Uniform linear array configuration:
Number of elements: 12
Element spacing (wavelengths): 1
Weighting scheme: hann
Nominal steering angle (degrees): -45
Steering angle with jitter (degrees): -45.932
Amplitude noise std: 0.05
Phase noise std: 0.05

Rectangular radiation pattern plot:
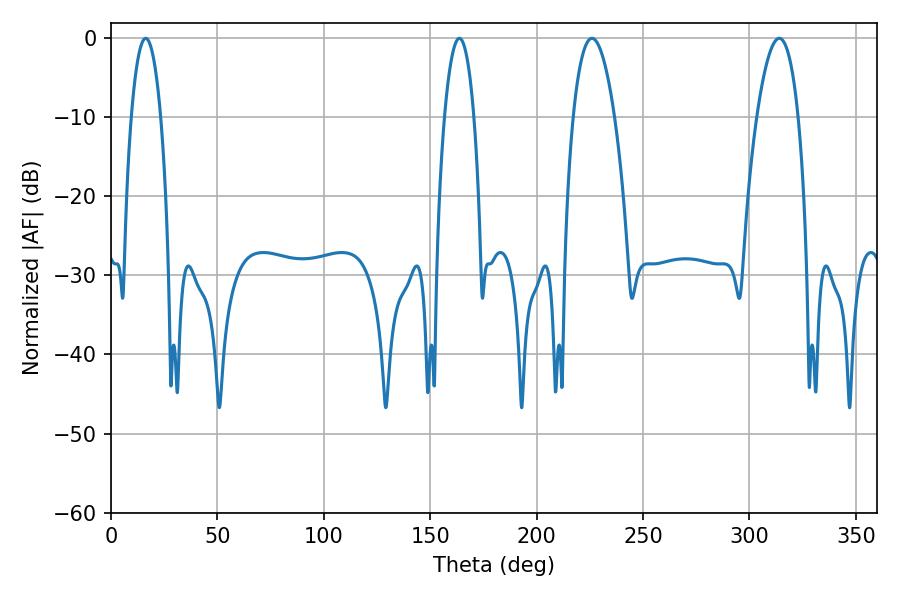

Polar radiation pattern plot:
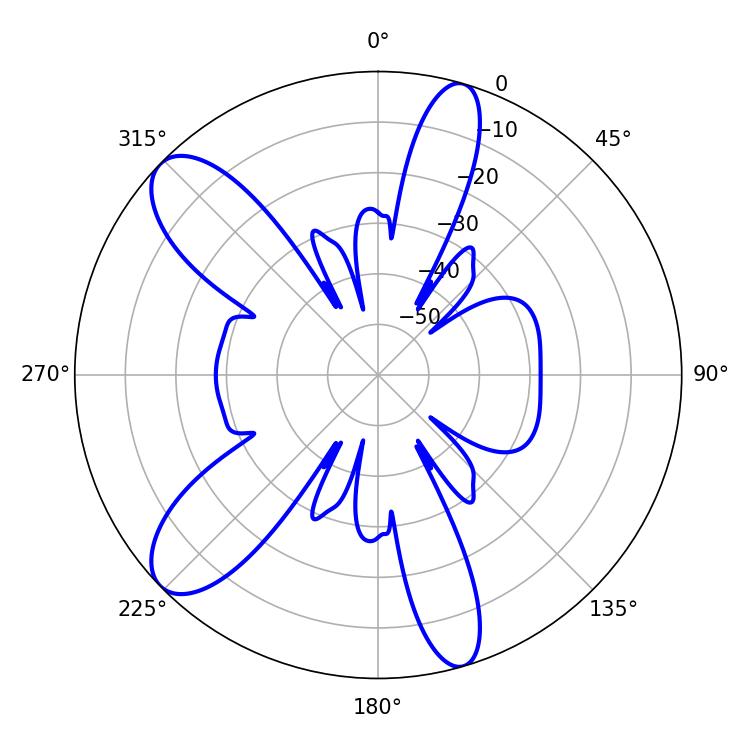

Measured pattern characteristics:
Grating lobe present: TRUE
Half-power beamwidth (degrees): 10.8
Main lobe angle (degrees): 226.08